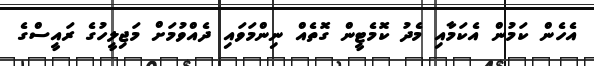
އެހެން ކަމުން އެކަމާއި މެދު ކޮމެޓީން ގޮތެއް ނިންމަވައި ދެއްވުމަށް މަޖިލީހުގެ ރައީސްގެ